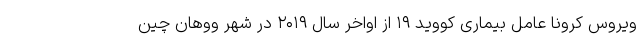
ویروس کرونا عامل بیماری کووید ۱۹ از اواخر سال ۲۰۱۹ در شهر ووهان چین